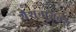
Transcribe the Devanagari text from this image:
शैशुनागवंश